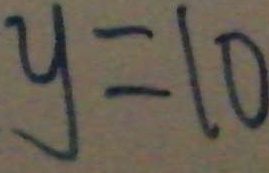
y = 1 0